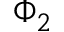
\Phi _ { 2 }